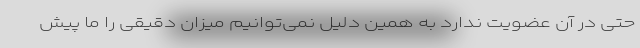
حتی در آن عضویت ندارد به همین دلیل نمی‌توانیم میزان دقیقی را ما پیش